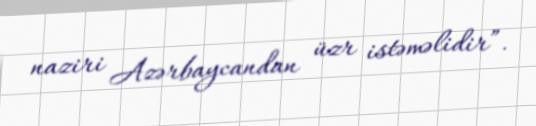
naziri Azərbaycandan üzr istəməlidir”.